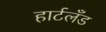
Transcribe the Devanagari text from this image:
हार्टलँड